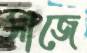
সাজে